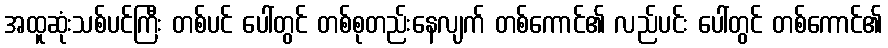
အထူဆုံးသစ်ပင်ကြီး တစ်ပင် ပေါ်တွင် တစ်စုတည်းနေလျက် တစ်ကောင်၏ လည်ပင်း ပေါ်တွင် တစ်ကောင်၏